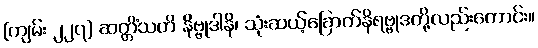
[ကျမ်း ၂၂၇] ဆတ္တိံသတိ နိဗ္ဗုဒါနိ၊ သုံးဆယ့်ခြောက်နိရဗ္ဗုဒတို့လည်းကောင်း။